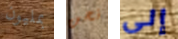
بمليون نحن إلى